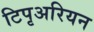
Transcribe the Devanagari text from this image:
टिपृअरियन